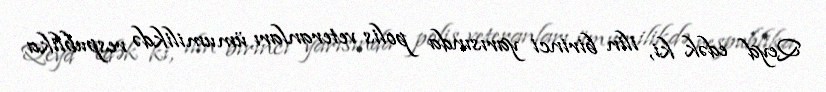
Qeyd edək ki, ilin birinci yarısında polis veteranları ümumilikdə respublika